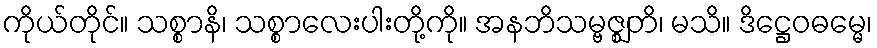
ကိုယ်တိုင်။ သစ္စာနိ၊ သစ္စာလေးပါးတို့ကို။ အနဘိသမ္ဗဇ္ဈတိ၊ မသိ။ ဒိဋ္ဌေဝဓမ္မေ၊